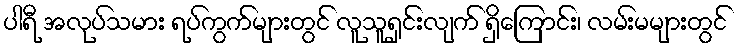
ပါရီ အလုပ်သမား ရပ်ကွက်များတွင် လူသူရှင်းလျက် ရှိကြောင်း၊ လမ်းမများတွင်